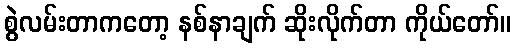
စွဲလမ်းတာကတော့ နစ်နာချက် ဆိုးလိုက်တာ ကိုယ်တော်။